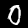
Digit: 0